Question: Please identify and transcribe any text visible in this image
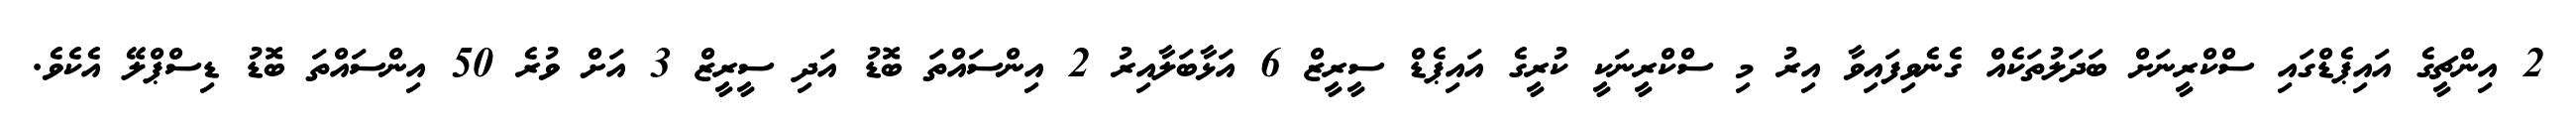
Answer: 2 އިންޗީގެ އައިޕެޑްގައި ސްކްރީނަށް ބަދަލުތަކެއް ގެނެވިފައިވާ އިރު މި ސްކްރީނަކީ ކުރީގެ އައިޕެޑް ސީރީޒް 6 އަޅާބަލާއިރު 2 އިންސައްތަ ބޮޑު އަދި ސީރީޒް 3 އަށް ވުރެ 50 އިންސައްތަ ބޮޑު ޑިސްޕްލޭ އެކެވެ.